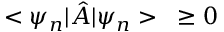
< \psi _ { n } | { \hat { A } } | \psi _ { n } > \; \; \; \geq 0